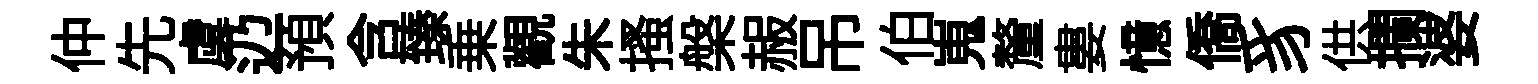
仲先虞辸預含臻乗觀朱搔槃赧吊伯嵬釐婁憶僑豸供攔婆